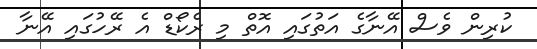
ކުރިން ވެސް އޭނާގެ އަތުގައި އޮތް މި ރެކޯޑް އެ ރޭހުގައި އޭނާ